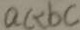
a c < b c